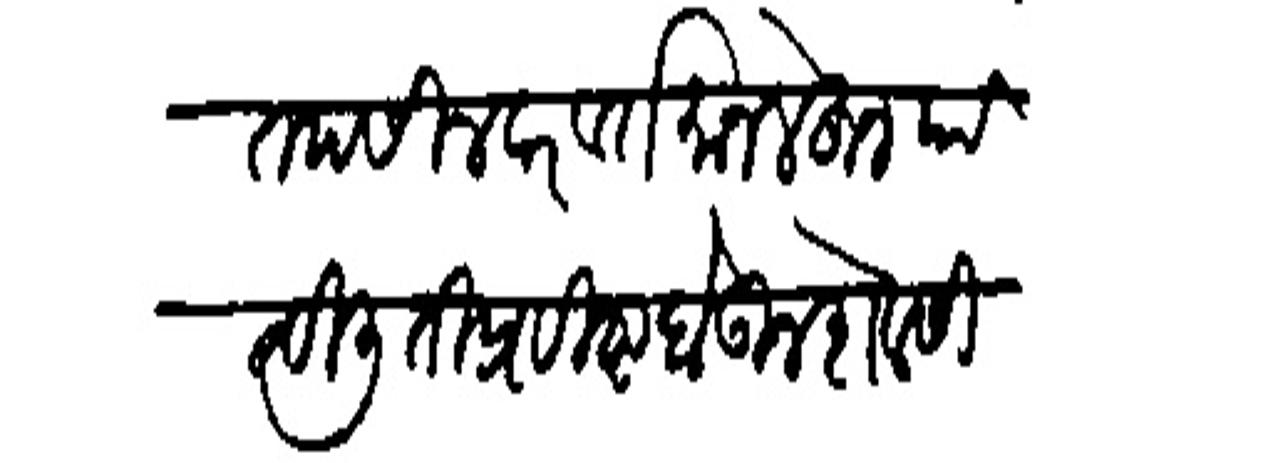
Transliteration (Devanagari): तपसीलवार वर्तमान लेहून पाठविली ती प्रविष्ट होऊन शेवेसी